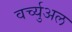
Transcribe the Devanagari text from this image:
वर्च्युअल